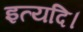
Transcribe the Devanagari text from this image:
इत्यदि।